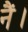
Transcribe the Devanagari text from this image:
नैं।